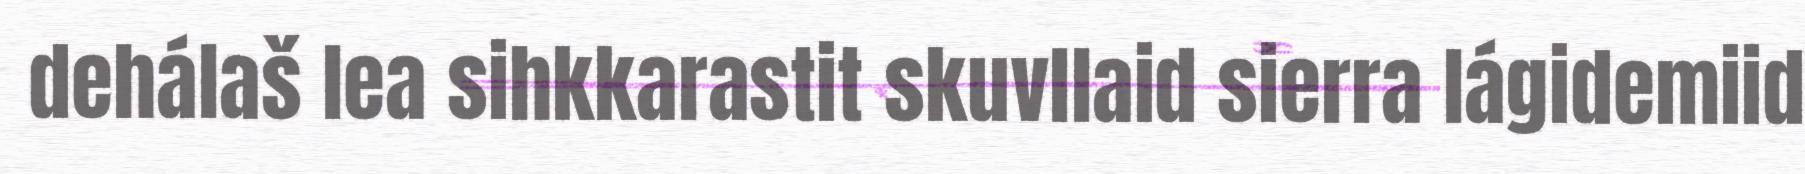
dehálaš lea sihkkarastit skuvllaid sierra lágidemiid